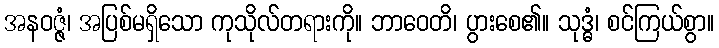
အနဝဇ္ဇံ၊ အပြစ်မရှိသော ကုသိုလ်တရားကို။ ဘာဝေတိ၊ ပွားစေ၏။ သုဒ္ဓံ၊ စင်ကြယ်စွာ။